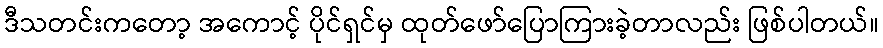
ဒီသတင်းကတော့ အကောင့် ပိုင်ရှင်မှ ထုတ်ဖော်ပြောကြားခဲ့တာလည်း ဖြစ်ပါတယ်။